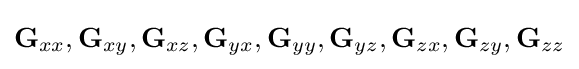
\mathbf {G} _{xx},\mathbf {G} _{xy},\mathbf {G} _{xz},\mathbf {G} _{yx},\mathbf {G} _{yy},\mathbf {G} _{yz},\mathbf {G} _{zx},\mathbf {G} _{zy},\mathbf {G} _{zz}